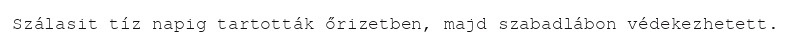
Szálasit tíz napig tartották őrizetben, majd szabadlábon védekezhetett.